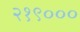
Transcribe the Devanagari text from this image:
२१९०००